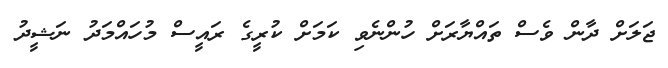
ޖަލަށް ދާން ވެސް ތައްޔާރަށް ހުންނެވި ކަމަށް ކުރީގެ ރައީސް މުހައްމަދު ނަޝީދު